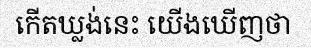
កើតឃ្លង់នេះ យើងឃើញថា